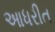
આધરીત